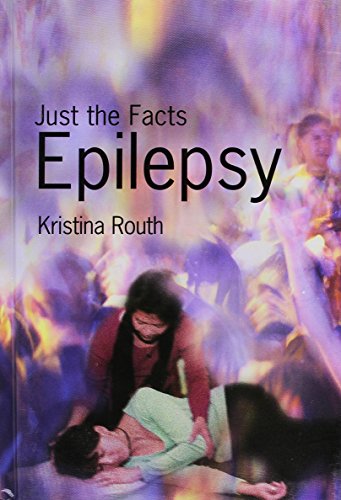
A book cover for Epilepsy (Just the Facts (Heinemann)); Kristina Routh; Health, Fitness & Dieting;